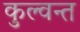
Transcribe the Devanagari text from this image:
कुल्वन्त